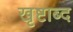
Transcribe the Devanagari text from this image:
खृष्टाब्द